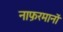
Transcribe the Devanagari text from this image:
नाफ़रमानों